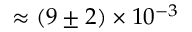
\approx ( 9 \pm 2 ) \times 1 0 ^ { - 3 }